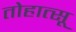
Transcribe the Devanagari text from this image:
तोहात्सू